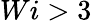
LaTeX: Wi>3